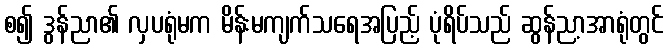
စ၍ ဒွန်ညာ၏ လှပရုံမက မိန်းမကျက်သရေအပြည့် ပုံရိပ်သည် ဆွန်ညာ့အာရုံတွင်